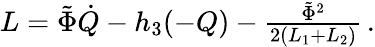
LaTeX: \begin{array}{r}{L=\tilde{\Phi}\dot{Q}-h_{3}(-Q)-\frac{\tilde{\Phi}^{2}}{2(L_{1}+L_{2})}\, .}\end{array}